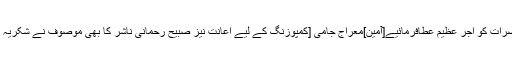
اللہ ان حضرات کو اجرِ عظیم عطافرمائیے[آمین]معراج جامی [کمپوزنگ کے لیے اعانت نیز صبیح رحمانی ناشر کا بھی موصوف نے شکریہ اداکیا ہے۔